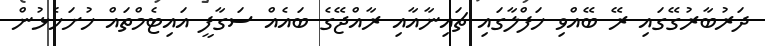
ދަރުބާރުގޭގައި ރޭ ބޭއްވި ހަފްލާގައި ޗައިނާއާއި ރާއްޖޭގެ ބައެއް ސަގާފީ އައިޓެމްތައް ހުށަހެޅުން